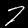
Digit: 7